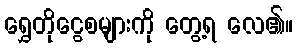
ရွှေတိုငွေစများကို တွေ့ရ လေ၏။